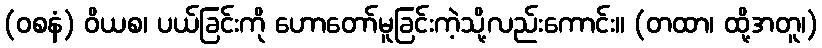
(ဝစနံ) ဝိယစ၊ ပယ်ခြင်းကို ဟောတော်မူခြင်းကဲ့သို့လည်းကောင်း။ (တထာ၊ ထို့အတူ၊)